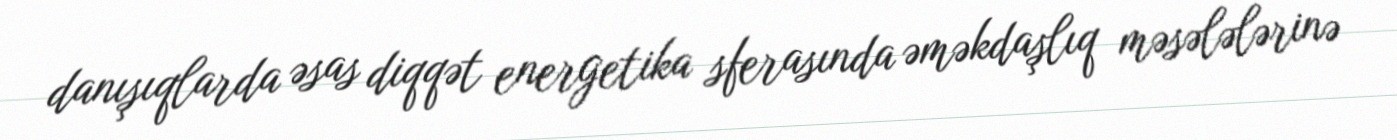
danışıqlarda əsas diqqət energetika sferasında əməkdaşlıq məsələlərinə